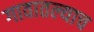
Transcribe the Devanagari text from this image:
गावातल्याच